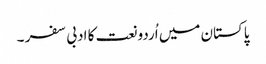
پاکستان میں اُردو نعت کا ادبی سفر ۔